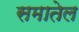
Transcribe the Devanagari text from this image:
समातेल